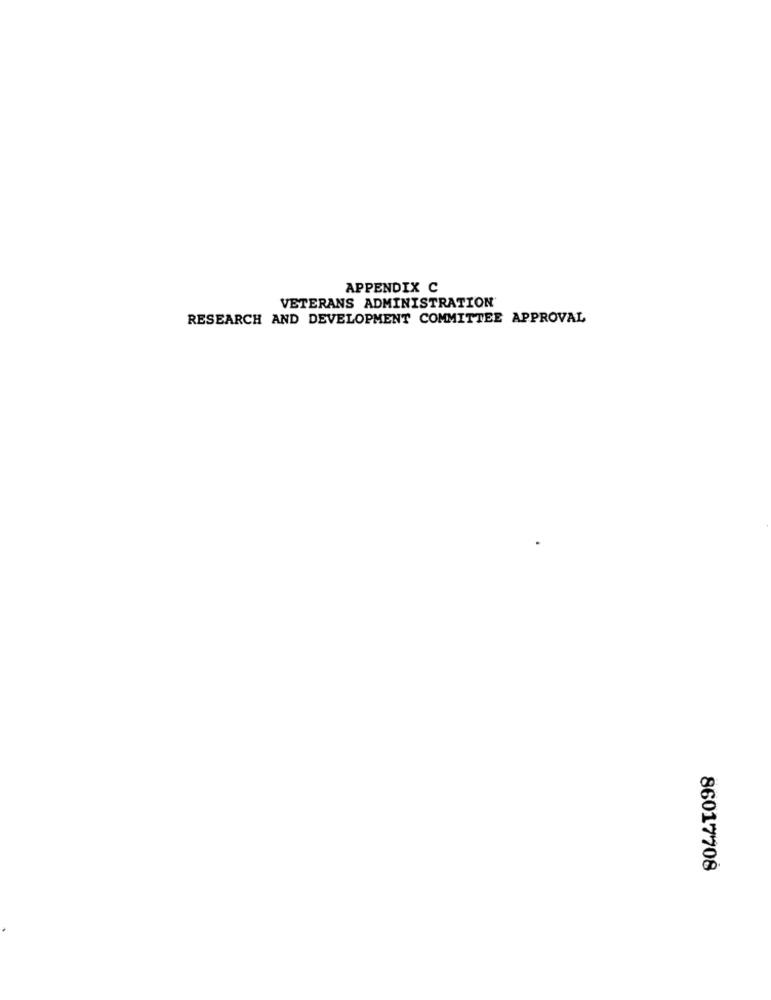
APPENDIX C
VETERANS ADMINISTRATION
RESEARCH AND DEVELOPMENT COMMITTEE APPROVAL
86017708